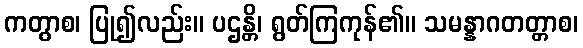
ကတွာစ၊ ပြု၍လည်း။ ပဌန္တိ၊ ရွတ်ကြကုန်၏။ သမန္နာဂတတ္တာစ၊